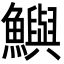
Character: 鱮